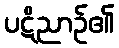
ပဋိညာဉ်၏